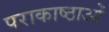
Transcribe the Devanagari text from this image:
पराकाष्ठाओं